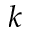
k